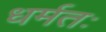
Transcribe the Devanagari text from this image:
धर्मतः